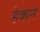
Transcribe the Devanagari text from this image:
हेकने